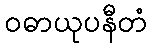
ဝဓာယုပနီတံ